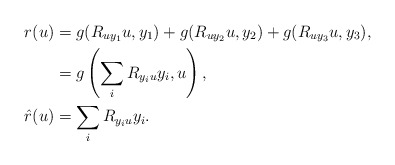
\begin{align*}r(u)&= g(R_{uy_1}u,y_1)+g(R_{uy_2}u,y_2)+g(R_{uy_3}u,y_3),\\&=g\left(\sum_i R_{y_iu}y_i,u\right),\\\hat{r}(u)&=\sum_i R_{y_iu}y_i.\end{align*}